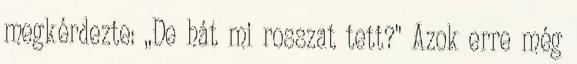
megkérdezte: ,,De hát mi rosszat tett?'' Azok erre még